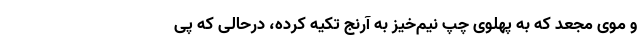
و موی مجعد که به پهلوی چپ نیم‌خیز به آرنج تکیه کرده، درحالی که پی